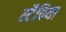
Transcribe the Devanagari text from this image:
स्टैविया